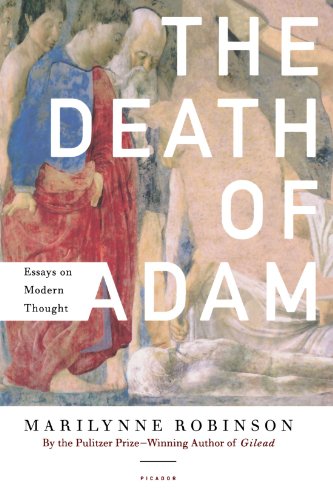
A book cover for The Death of Adam: Essays on Modern Thought; Marilynne Robinson; Literature & Fiction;